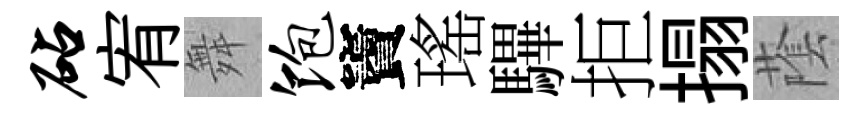
砧宥舞饱竇瑤驆拒搨䕃